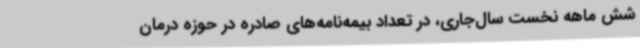
شش ماهه نخست سال‌جاری، در تعداد بیمه‌نامه‌های صادره در حوزه درمان